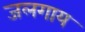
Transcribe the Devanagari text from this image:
जलगाय